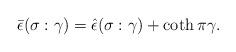
LaTeX: \begin{align*} \bar{\epsilon}(\sigma:\gamma)=\hat{\epsilon}(\sigma:\gamma)+\coth\pi\gamma .\end{align*}